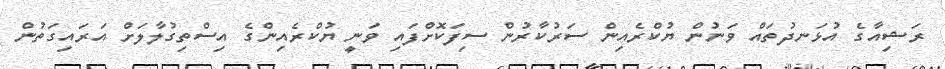
ރަޝިއާގެ އުޅަނދުތައް ވަނުން ޔުކްރެއިން ސަރުކާރުން ސިފަކޮށްފައި ވަނީ ޔުކްރެއިންގެ އިސްތިގުލާލަށް އަރައިގަތުން